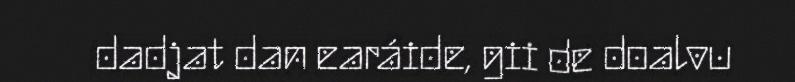
dadjat dan earáide, gii de doalvu